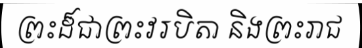
ព្រះដ៏ជាព្រះវរបិតា និងព្រះរាជ